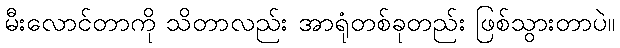
မီးလောင်တာကို သိတာလည်း အာရုံတစ်ခုတည်း ဖြစ်သွားတာပဲ။